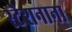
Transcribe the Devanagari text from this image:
स्टेशनाना